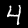
Digit: 4